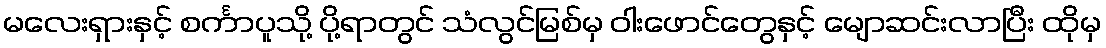
မလေးရှားနှင့် စင်္ကာပူသို့ ပို့ရာတွင် သံလွင်မြစ်မှ ဝါးဖောင်တွေနှင့် မျောဆင်းလာပြီး ထိုမှ